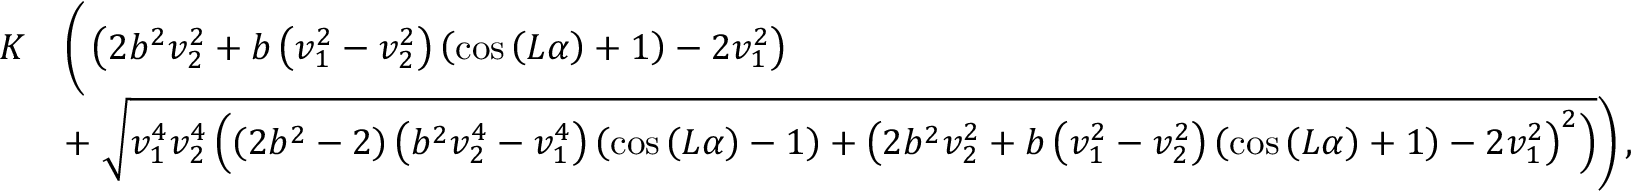
\begin{array} { r l } { K } & { \left( \vphantom { \sqrt { v _ { 1 } ^ { 4 } v _ { 2 } ^ { 4 } \left( \left( 2 b ^ { 2 } - 2 \right) \left( b ^ { 2 } v _ { 2 } ^ { 4 } - v _ { 1 } ^ { 4 } \right) \left( \cos { \left( L \alpha \right) } - 1 \right) + \left( 2 b ^ { 2 } v _ { 2 } ^ { 2 } + b \left( v _ { 1 } ^ { 2 } - v _ { 2 } ^ { 2 } \right) \left( \cos { \left( L \alpha \right) } + 1 \right) - 2 v _ { 1 } ^ { 2 } \right) ^ { 2 } \right) } } \left( 2 b ^ { 2 } v _ { 2 } ^ { 2 } + b \left( v _ { 1 } ^ { 2 } - v _ { 2 } ^ { 2 } \right) \left( \cos { \left( L \alpha \right) } + 1 \right) - 2 v _ { 1 } ^ { 2 } \right) \right. } \\ & { + \left. \sqrt { v _ { 1 } ^ { 4 } v _ { 2 } ^ { 4 } \left( \left( 2 b ^ { 2 } - 2 \right) \left( b ^ { 2 } v _ { 2 } ^ { 4 } - v _ { 1 } ^ { 4 } \right) \left( \cos { \left( L \alpha \right) } - 1 \right) + \left( 2 b ^ { 2 } v _ { 2 } ^ { 2 } + b \left( v _ { 1 } ^ { 2 } - v _ { 2 } ^ { 2 } \right) \left( \cos { \left( L \alpha \right) } + 1 \right) - 2 v _ { 1 } ^ { 2 } \right) ^ { 2 } \right) } \right) , } \end{array}